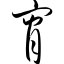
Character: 宵